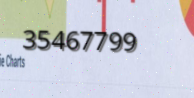
35467799